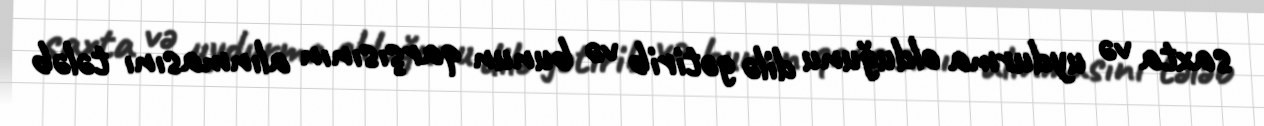
saxta və uydurma olduğunu dilə gətirib və bunun qarşısının alınmasını tələb